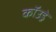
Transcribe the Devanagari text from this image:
कॉउड्रे